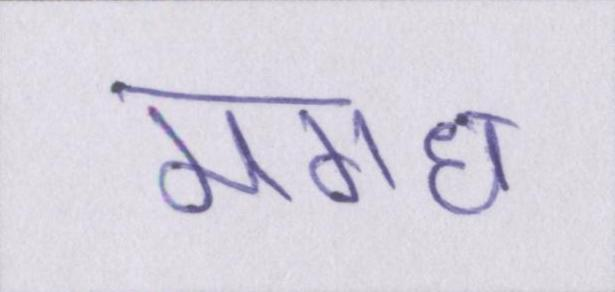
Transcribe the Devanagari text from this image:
मगध